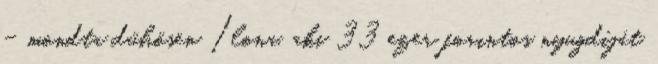
– mondta dühösen Ilona, aki 33 ezer forintos nyugdíját